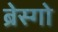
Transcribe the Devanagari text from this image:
ब्रेस्गो